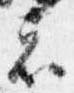
者